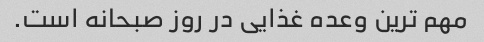
مهم ترین وعده غذایی در روز صبحانه است.